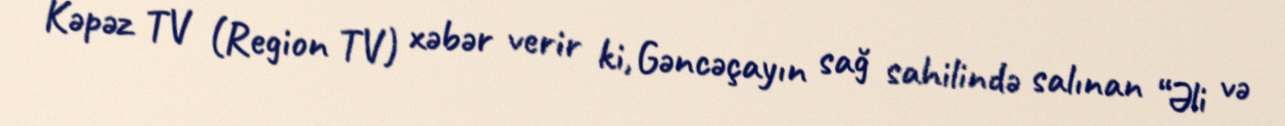
Kəpəz TV (Region TV) xəbər verir ki, Gəncəçayın sağ sahilində salınan “Əli və